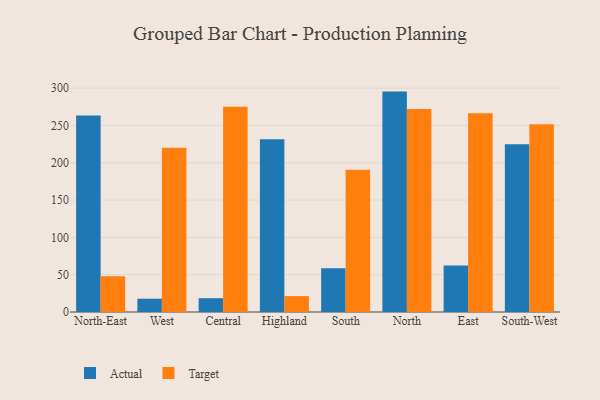
{"axis": {"x": "Region", "y": "Population (Million)"}, "legend": ["Actual", "Target"], "data": [{"x": "North-East", "y": 263.3, "type": "Actual"}, {"x": "North-East", "y": 47.9, "type": "Target"}, {"x": "West", "y": 17.8, "type": "Actual"}, {"x": "West", "y": 220.1, "type": "Target"}, {"x": "Central", "y": 18.5, "type": "Actual"}, {"x": "Central", "y": 275.1, "type": "Target"}, {"x": "Highland", "y": 231.7, "type": "Actual"}, {"x": "Highland", "y": 21.3, "type": "Target"}, {"x": "South", "y": 58.7, "type": "Actual"}, {"x": "South", "y": 190.5, "type": "Target"}, {"x": "North", "y": 295.4, "type": "Actual"}, {"x": "North", "y": 272.2, "type": "Target"}, {"x": "East", "y": 62.3, "type": "Actual"}, {"x": "East", "y": 266.5, "type": "Target"}, {"x": "South-West", "y": 225.0, "type": "Actual"}, {"x": "South-West", "y": 251.6, "type": "Target"}]}